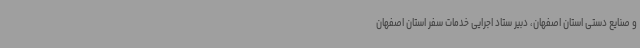
و صنایع دستی استان اصفهان، دبیر ستاد اجرایی خدمات سفر استان اصفهان